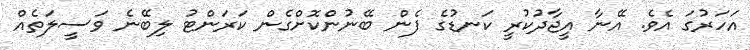
އަހަރުގަ އެވެ. އޭނާ އީޖާދުކުރީ ކަނޑުގެ ފެން ބޭނުންކޮށްގެން ކަރަންޓު ލިބޭނެ ވަސީލަތެއް